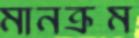
মানক্রম